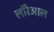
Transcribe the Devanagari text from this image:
लॉरेआल